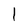
Character: l